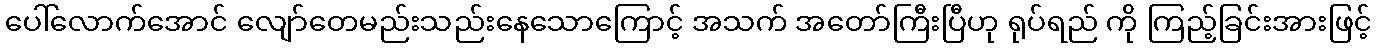
ပေါ်လောက်အောင် လျော်တေမည်းသည်းနေသောကြောင့် အသက် အတော်ကြီးပြီဟု ရုပ်ရည် ကို ကြည့်ခြင်းအားဖြင့်